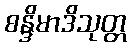
စန္ဒိမာဒိသုတ္တ